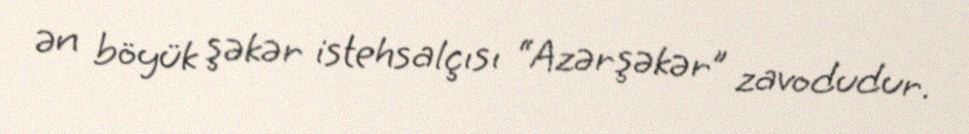
ən böyük şəkər istehsalçısı “Azərşəkər” zavodudur.